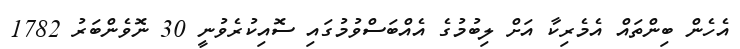
އެހެން ބިންތައް އެމެރިކާ އަށް ލިބުމުގެ އެއްބަސްވުމުގައި ސޮއިކުރެވުނީ 30 ނޮވެެންބަރު 1782